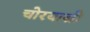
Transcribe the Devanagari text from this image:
चोरयासी